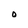
Character: 0